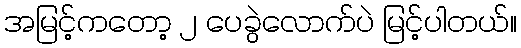
အမြင့်ကတော့ ၂ ပေခွဲလောက်ပဲ မြင့်ပါတယ်။